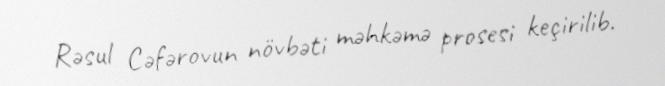
Rəsul Cəfərovun növbəti məhkəmə prosesi keçirilib.